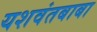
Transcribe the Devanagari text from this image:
यशवंतबाबा